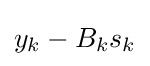
y_{k}-B_{k}s_{k}